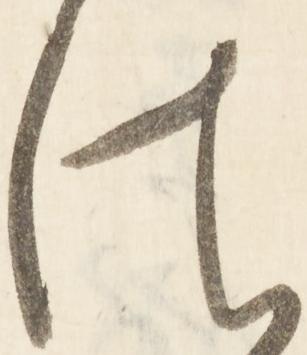
法